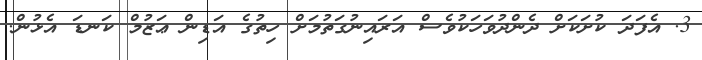
3. އެފަދަ ކުށަކަށް ދެންދުވަހަކުވެސް އަރައިނުގަތުމަށް ހިތުގެ އަޑިން ޢަޒުމް ކަނޑަ އެޅުން.